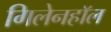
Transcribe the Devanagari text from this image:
गिलेनहाॅल